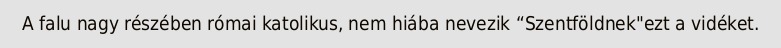
A falu nagy részében római katolikus, nem hiába nevezik “Szentföldnek"ezt a vidéket.